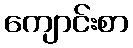
ကျောင်းစာ